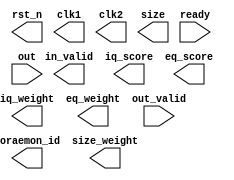
`ifdef RTL
	`timescale 1ns/1ps
	`define CYCLE_TIME_clk1 15.5
	`define CYCLE_TIME_clk2 18.3
`endif
`ifdef GATE
	`timescale 1ns/1ps
	`define CYCLE_TIME_clk1 15.5
	`define CYCLE_TIME_clk2 18.3
`endif


module PATTERN #(parameter DSIZE = 8,
			   parameter ASIZE = 4)(
	//Output Port
	rst_n,
	clk1,
    clk2,
	in_valid,
	
	doraemon_id,
	size,
	iq_score,
	eq_score,
	size_weight,
	iq_weight,
	eq_weight,

    //Input Port
    ready,
	out_valid,
	out,
	
); 
//================================================================
//   INPUT AND OUTPUT DECLARATION                         
//================================================================
output reg	rst_n, clk1, clk2, in_valid;
output reg [4:0]doraemon_id;
output reg [7:0]size;
output reg [7:0]iq_score;
output reg [7:0]eq_score;
output reg [2:0]size_weight,iq_weight,eq_weight;

input 	ready, out_valid;
input  [7:0] out;




endmodule